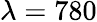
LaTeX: \lambda=780